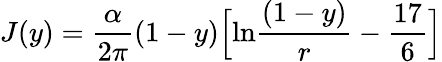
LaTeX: J(y)={\frac{\alpha}{2\pi}}(1-y)\Bigl[\mathrm{ln}{\frac{(1-y)}{r}}-{\frac{17}{6}}\Bigr]